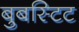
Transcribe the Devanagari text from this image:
बुबस्टिट